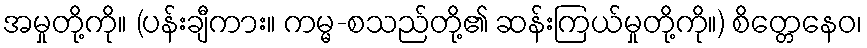
အမှုတို့ကို။ (ပန်းချီကား။ ကမ္မ-စသည်တို့၏ ဆန်းကြယ်မှုတို့ကို။) စိတ္တေနေဝ၊